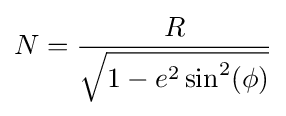
N={\frac {R}{\sqrt {1-e^{2}\sin ^{2}(\phi )}}}